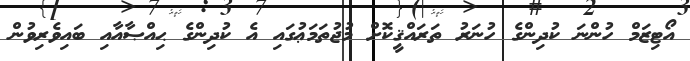
އޯޓިޒަމް ހުންނަ ކުދިންގެ ހުނަރު ތަރައްޤީކޮށް މުޖުތަމަޢުގައި އެ ކުދިންގެ ޙިއްޞާއާއި ބައިވެރިވުން